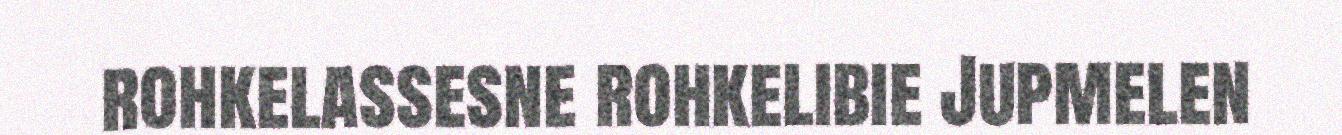
rohkelassesne rohkelibie Jupmelen